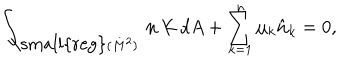
\int _ { { \mathrm { \small { r e g } } } ( M ^ { 2 } ) } \, { \bf n } \, K \, d A + \sum _ { k = 1 } ^ { n } \mu _ { k } \hat { \bf n } _ { k } = 0 ,